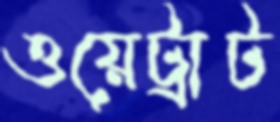
ওয়েট্রাট